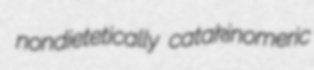
nondietetically catakinomeric